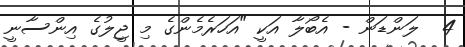
4  ލަންޑަން - އެބޯލާ އަކީ "އަހަރެމެންގެ މި ޖީލުގެ އިންސާނީ